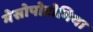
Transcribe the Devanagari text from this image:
मेसोपोटोमिया